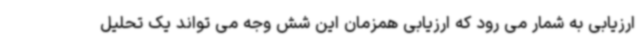
ارزیابی به شمار می رود که ارزیابی همزمان این شش وجه می تواند یک تحلیل